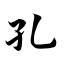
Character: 孔